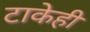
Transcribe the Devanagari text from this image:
टाकेही